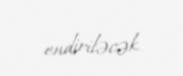
endiriləcək.